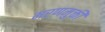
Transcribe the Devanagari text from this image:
मरणमुक्ती